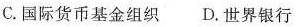
C.国际货币基金组织 D.世界银行